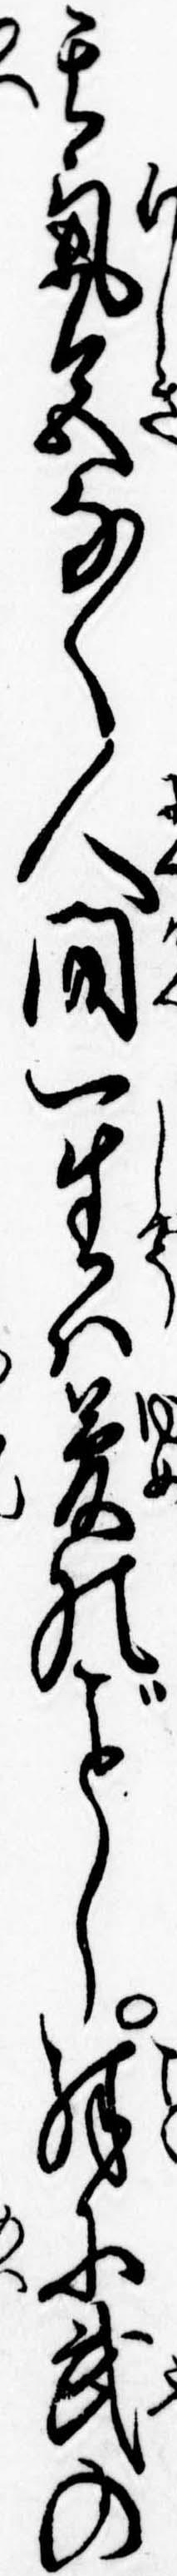
其気色なく人間一生は夢のし殊に武の